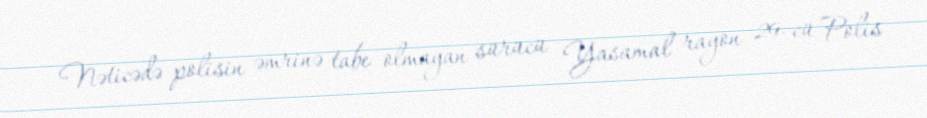
Nəticədə polisin əmrinə tabe olmayan sürücü Yasamal rayon 29-cü Polis